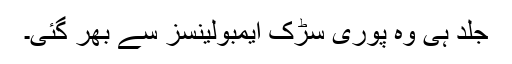
جلد ہی وہ پوری سڑک ایمبولینسز سے بھر گئی۔